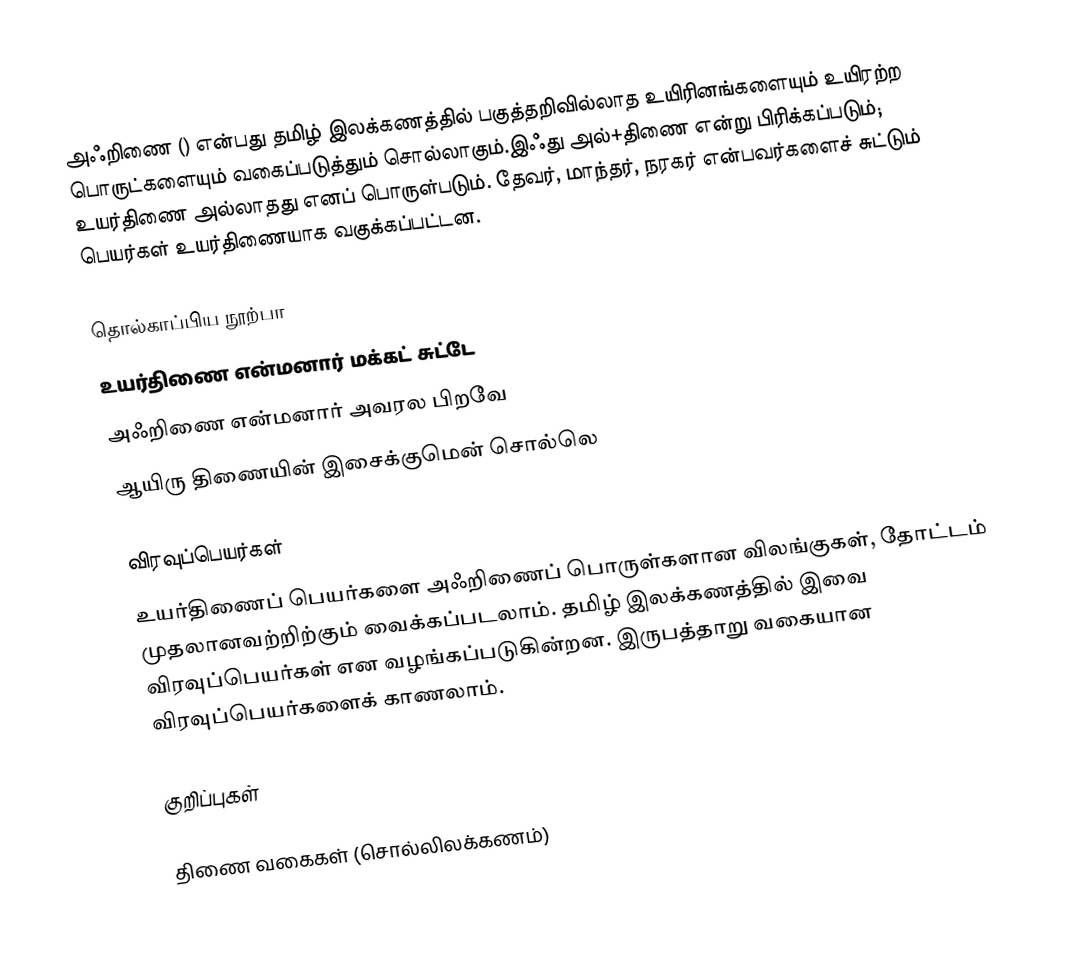
அஃறிணை () என்பது தமிழ் இலக்கணத்தில் பகுத்தறிவில்லாத உயிரினங்களையும் உயிரற்ற பொருட்களையும் வகைப்படுத்தும் சொல்லாகும்.இஃது அல்+திணை என்று பிரிக்கப்படும்; உயர்திணை அல்லாதது எனப் பொருள்படும். தேவர், மாந்தர், நரகர் என்பவர்களைச் சுட்டும் பெயர்கள் உயர்திணையாக வகுக்கப்பட்டன.

தொல்காப்பிய நூற்பா
உயர்திணை என்மனார் மக்கட் சுட்டே
அஃறிணை என்மனார் அவரல பிறவே
ஆயிரு திணையின் இசைக்குமென் சொல்லெ

விரவுப்பெயர்கள்
உயர்திணைப் பெயர்களை அஃறிணைப் பொருள்களான விலங்குகள், தோட்டம் முதலானவற்றிற்கும் வைக்கப்படலாம். தமிழ் இலக்கணத்தில் இவை விரவுப்பெயர்கள் என வழங்கப்படுகின்றன. இருபத்தாறு வகையான விரவுப்பெயர்களைக் காணலாம்.

குறிப்புகள்

திணை வகைகள் (சொல்லிலக்கணம்)